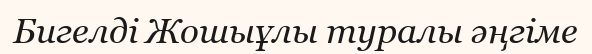
Бигелді Жошыұлы туралы әңгіме